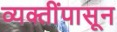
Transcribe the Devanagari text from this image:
व्यक्तींपासून